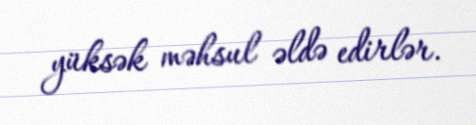
yüksək məhsul əldə edirlər.